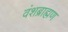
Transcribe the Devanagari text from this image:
वंशब्राह्मण